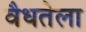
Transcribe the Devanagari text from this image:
वैधतेला